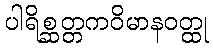
ပါရိစ္ဆတ္တကဝိမာနဝတ္ထု